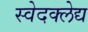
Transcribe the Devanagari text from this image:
स्वेदक्लेद्य